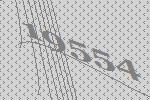
19554